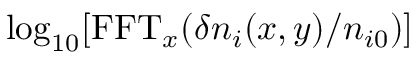
\log _ { 1 0 } [ \mathrm { F F T } _ { x } ( \delta n _ { i } ( x , y ) / n _ { i 0 } ) ]